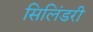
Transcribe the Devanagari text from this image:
सिलिंडरी